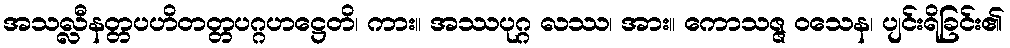
အသလ္လီနတ္တပဟိတတ္တပဂ္ဂဟဋ္ဌေတိ၊ ကား။ အဿပုဂ္ဂ လဿ၊ အား။ ကောသဇ္ဇ ဝသေန၊ ပျင်းရိခြင်း၏